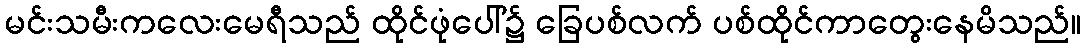
မင်းသမီးကလေးမေရီသည် ထိုင်ဖုံပေါ်၌ ခြေပစ်လက် ပစ်ထိုင်ကာတွေးနေမိသည်။